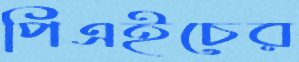
পিএইচের